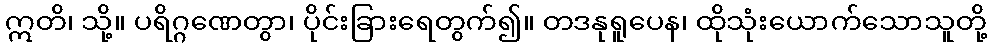
ဣတိ၊ သို့။ ပရိဂ္ဂဏေတွာ၊ ပိုင်းခြားရေတွက်၍။ တဒနုရူပေန၊ ထိုသုံးယောက်သောသူတို့